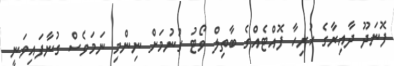
ފޮނަދޫ ދާއިރާގެ ހުރިހާ ފޮއްޓެއްގެ ބާތިލް ވޯޓު ގުނުމަށް ނިންމި ނަމަވެސް ގުނާފައިވަނީ